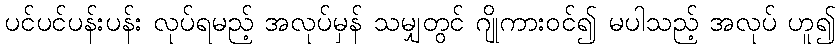
ပင်ပင်ပန်းပန်း လုပ်ရမည့် အလုပ်မှန် သမျှတွင် ဂျိုကားဝင်၍ မပါသည့် အလုပ် ဟူ၍